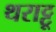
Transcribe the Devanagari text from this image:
थराट्टू